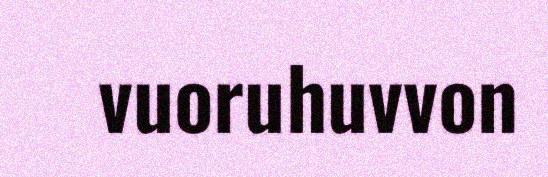
vuoruhuvvon